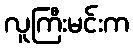
လူကြီးမင်းက